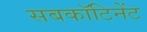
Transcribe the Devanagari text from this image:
सबकॉटिनेंट